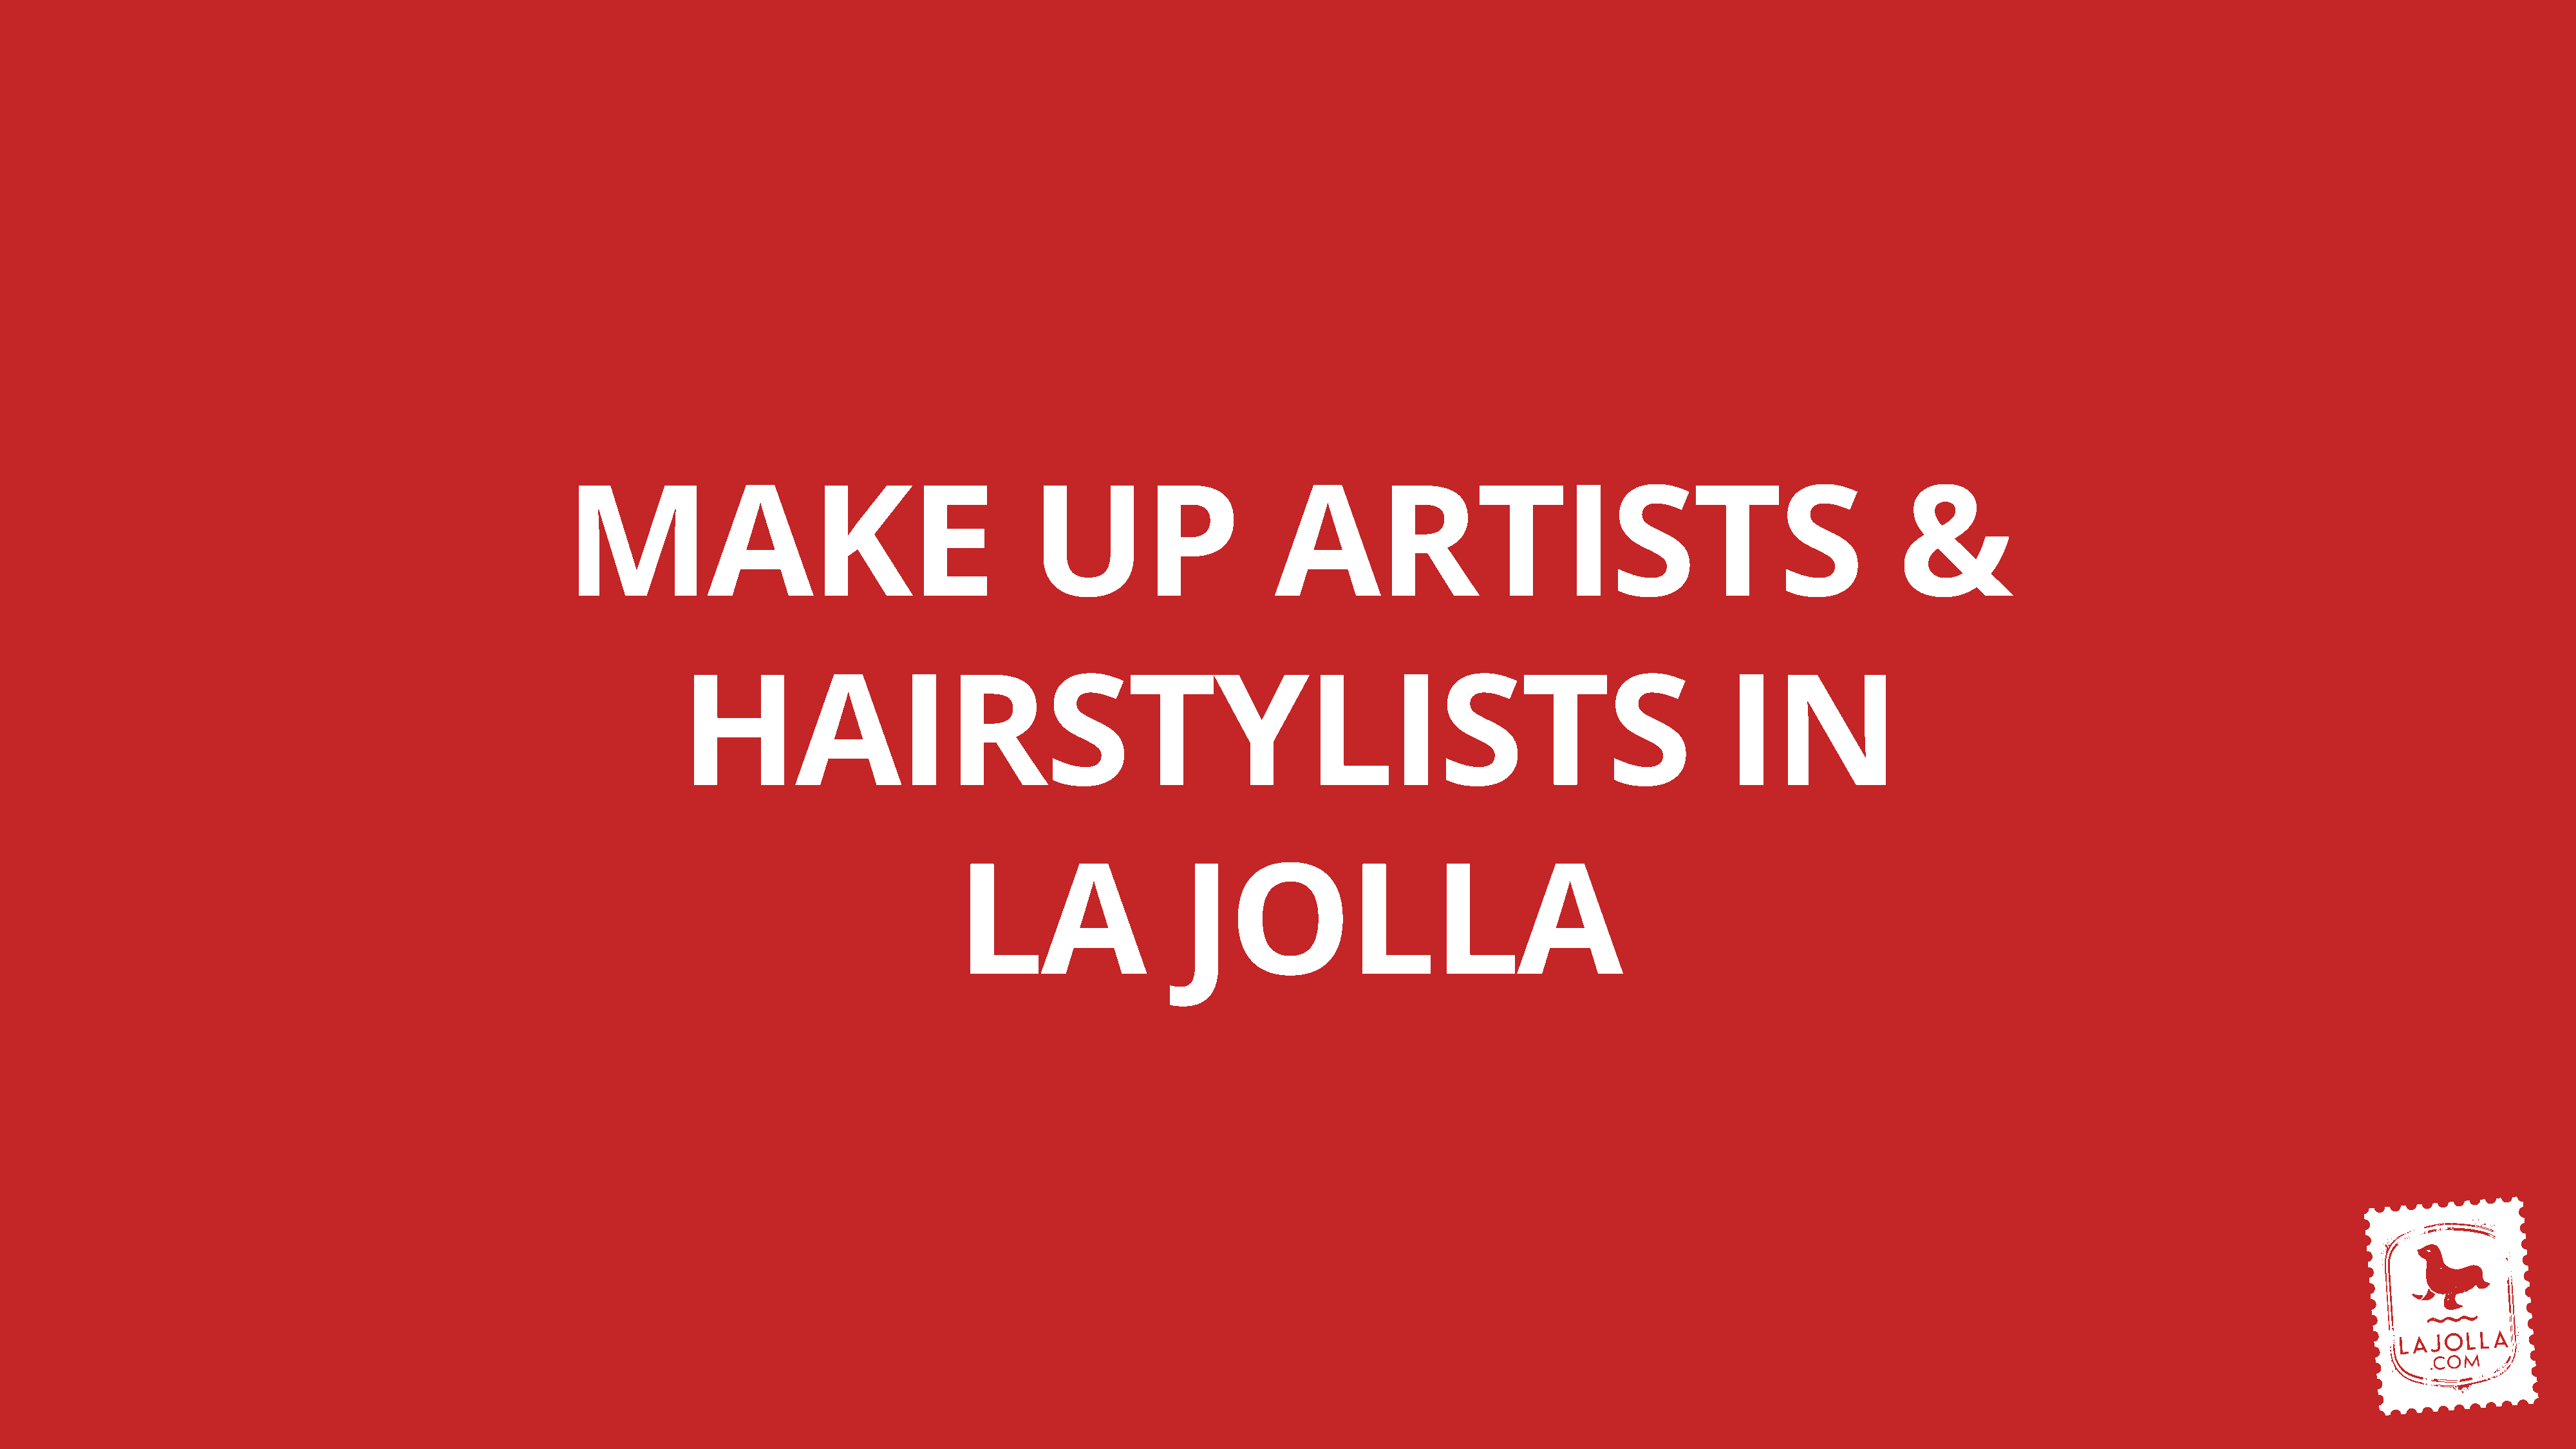
MAKE                                            UP                       ARTISTS                                                         &
 HAIRSTYLISTS                                                                                               IN
 LA                     JOLLA